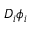
D _ { i } \phi _ { i }